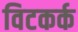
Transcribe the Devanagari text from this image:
विटकर्क